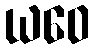
ယဝေ